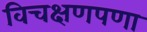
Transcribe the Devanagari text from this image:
विचक्षणपणा